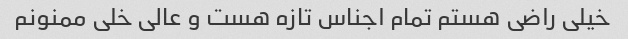
خیلی راضی هستم تمام اجناس تازه هست و عالی خلی ممنونم